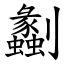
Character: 劙